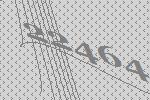
22464